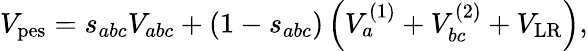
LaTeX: V_{\mathrm{pes}}=s_{abc}V_{abc}+\left(1-s_{abc}\right)\left(V_{a}^{(1)}+V_{bc}^{(2)}+V_{\mathrm{LR}}\right),